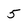
Character: 5